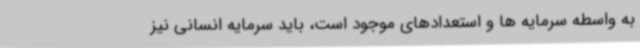
به واسطه سرمایه ها و استعدادهای موجود است، باید سرمایه انسانی نیز